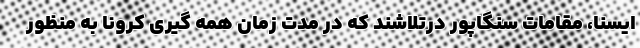
ایسنا، مقامات سنگاپور درتلاشند که در مدت زمان همه گیری کرونا به منظور